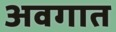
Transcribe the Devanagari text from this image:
अवगात